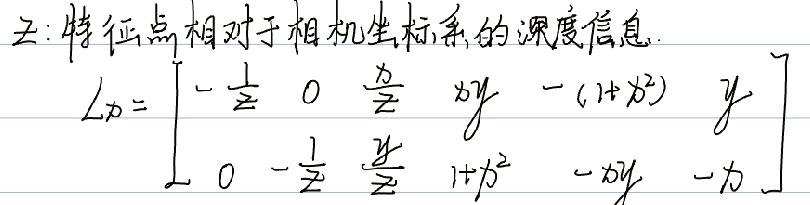
$z$: 特征点相对于相机坐标系的深度信息.
\[
L_{D}=\begin{bmatrix}
-\frac{1}{z}&0&\frac{x}{z}&xy&-(1 + x^{2})&y\\
0&-\frac{1}{z}&\frac{y}{z}&1 + x^{2}&-xy&-x
\end{bmatrix}
\]